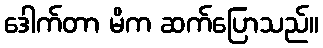
ဒေါက်တာ မိက ဆက်ပြောသည်။